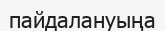
пайдалануыңа